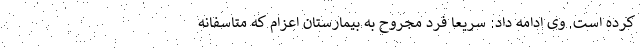
کرده است. وی ادامه داد: سریعا فرد مجروح به بیمارستان اعزام که متاسفانه